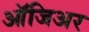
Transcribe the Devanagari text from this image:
ऑजिअर